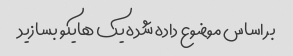
بر اساس موضوع داده شده یک هایکو بسازید